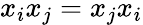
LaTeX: x_{i}x_{j}=x_{j}x_{i}